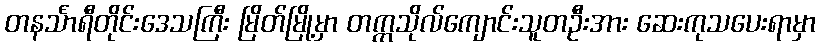
တနင်္သာရီတိုင်းဒေသကြီး မြိတ်မြို့မှာ တက္ကသိုလ်ကျောင်းသူတဦးအား ဆေးကုသပေးရာမှာ